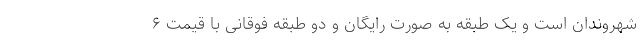
شهروندان است و یک طبقه به صورت رایگان و دو طبقه فوقانی با قیمت ۶